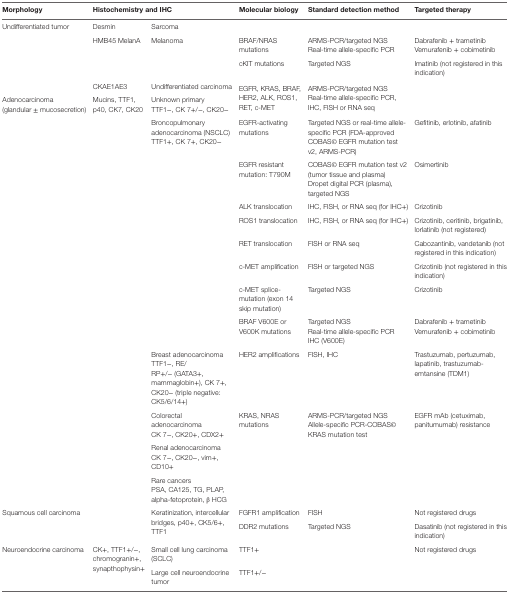
<table><thead><tr><td><b>Morphology</b></td><td colspan="2"><b>Histochemistry and IHC</b></td><td><b>Molecular biology</b></td><td><b>Standard detection method</b></td><td><b>Targeted therapy</b></td></tr></thead><tbody><tr><td>Undifferentiated tumor</td><td>Desmin</td><td>Sarcoma</td><td colspan="3"></td></tr><tr><td></td><td>HMB45 MelanA</td><td>Melanoma</td><td>BRAF/NRAS mutations</td><td>ARMS-PCR/targeted NGS Real-time allele-specific PCR</td><td>Dabrafenib + trametinib Vemurafenib + cobimetinib</td></tr><tr><td></td><td></td><td></td><td>cKIT mutations</td><td>Targeted NGS</td><td>Imatinib (not registered in this indication)</td></tr><tr><td></td><td>CKAE1AE3</td><td>Undifferentiated carcinoma</td><td rowspan="2">EGFR, KRAS, BRAF, HER2, ALK, ROS1, RET, c-MET</td><td rowspan="2">ARMS-PCR/targeted NGS Real-time allele-specific PCR, IHC, FISH or RNA seq</td><td rowspan="2"></td></tr><tr><td>Adenocarcinoma (glandular ± mucosecretion)</td><td>Mucins, TTF1, p40, CK7, CK20</td><td>Unknown primaryTTF1−, CK 7+/−, CK20−</td></tr><tr><td></td><td></td><td>Broncopulmonary adenocarcinoma (NSCLC)TTF1+, CK 7+, CK20−</td><td>EGFR-activating mutations</td><td>Targeted NGS or real-time allele-specific PCR (FDA-approved COBAS© EGFR mutation test v2, ARMS-PCR)</td><td>Gefitinib, erlotinib, afatinib</td></tr><tr><td></td><td></td><td></td><td>EGFR resistant mutation: T790M</td><td>COBAS© EGFR mutation test v2 (tumor tissue and plasma)Dropet digital PCR (plasma), targeted NGS</td><td>Osimertinib</td></tr><tr><td></td><td></td><td></td><td>ALK translocation</td><td>IHC, FISH, or RNA seq (for IHC+)</td><td>Crizotinib</td></tr><tr><td></td><td></td><td></td><td>ROS1 translocation</td><td>IHC, FISH, or RNA seq (for IHC+)</td><td>Crizotinib, ceritinib, brigatinib, lorlatinib (not registered)</td></tr><tr><td></td><td></td><td></td><td>RET translocation</td><td>FISH or RNA seq</td><td>Cabozantinib, vandetanib (not registered in this indication)</td></tr><tr><td></td><td></td><td></td><td>c-MET amplification</td><td>FISH or targeted NGS</td><td>Crizotinib (not registered in this indication)</td></tr><tr><td></td><td></td><td></td><td>c-MET splice-mutation (exon 14 skip mutation)</td><td>Targeted NGS</td><td>Crizotinib</td></tr><tr><td></td><td></td><td></td><td>BRAF V600E or V600K mutations</td><td>Targeted NGSReal-time allele-specific PCRIHC (V600E)</td><td>Dabrafenib + trametinibVemurafenib + cobimetinib</td></tr><tr><td></td><td></td><td>Breast adenocarcinomaTTF1−, RE/RP+/− (GATA3+, mammaglobin+), CK 7+, CK20− (triple negative: CK5/6/14+)</td><td>HER2 amplifications</td><td>FISH, IHC</td><td>Trastuzumab, pertuzumab, lapatinib, trastuzumab-emtansine (TDM1)</td></tr><tr><td></td><td></td><td>Colorectal adenocarcinomaCK 7−, CK20+, CDX2+</td><td>KRAS, NRAS mutations</td><td>ARMS-PCR/targeted NGSAllele-specific PCR-COBAS© KRAS mutation test</td><td>EGFR mAb (cetuximab, panitumumab) resistance</td></tr><tr><td></td><td></td><td>Renal adenocarcinomaCK 7−, CK20−, vim+, CD10+</td><td colspan="3"></td></tr><tr><td></td><td></td><td>Rare cancersPSA, CA125, TG, PLAP, alpha-fetoprotein, β HCG</td><td colspan="3"></td></tr><tr><td rowspan="2">Squamous cell carcinoma</td><td rowspan="2"></td><td rowspan="2">Keratinization, intercellular bridges, p40+, CK5/6+, TTF1</td><td>FGFR1 amplification</td><td>FISH</td><td>Not registered drugs</td></tr><tr><td>DDR2 mutations</td><td>Targeted NGS</td><td>Dasatinib (not registered in this indication)</td></tr><tr><td rowspan="2">Neuroendocrine carcinoma</td><td rowspan="2">CK+, TTF1+/−, chromogranin+, synapthophysin+</td><td>Small cell lung carcinoma (SCLC)</td><td>TTF1+</td><td></td><td>Not registered drugs</td></tr><tr><td>Large cell neuroendocrine tumor</td><td>TTF1+/−</td><td></td><td></td></tr></tbody></table>